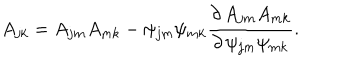
LaTeX: A _ { j k } = A _ { j m } A _ { m k } - \psi _ { j m } \psi _ { m k } { \frac { \partial \, A _ { j m } A _ { m k } } { \partial \, \psi _ { j m } \psi _ { m k } } } .